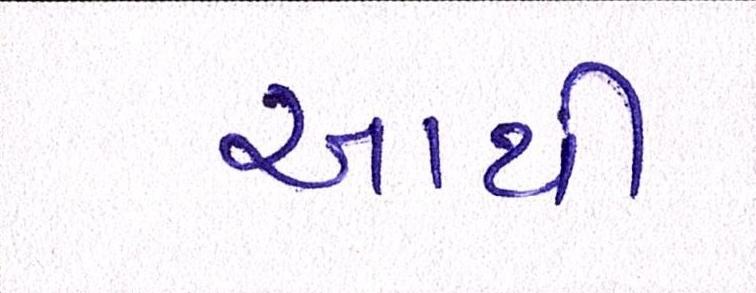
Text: આથી